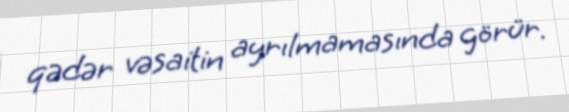
qədər vəsaitin ayrılmamasında görür.